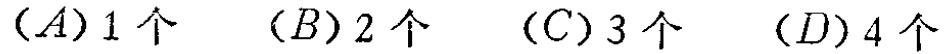
$(A)1个\ \ (B)2个\ \ (C)3个\ \ (D)4个$